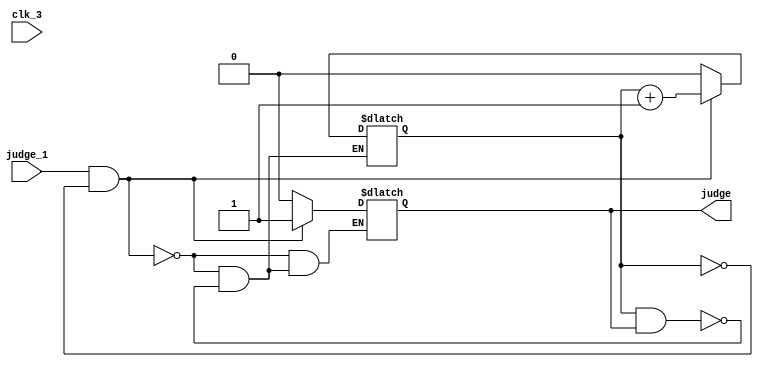
module rejudge(
    input clk_3,
    input judge_1,
    output judge
    );
    wire clk_3;
    wire judge_1;
    reg count=0,judge=0;
    always @(clk_3)
    begin
    if(judge_1==1&&count==0)
    begin
        count<=count+1;
        judge=1;
    end
    else if(count==1&&judge==1)
    begin
        judge=0;
        count<=0;
    end
    end
endmodule